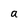
Character: a